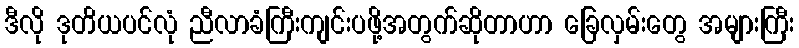
ဒီလို ဒုတိယပင်လုံ ညီလာခံကြီးကျင်းပဖို့အတွက်ဆိုတာဟာ ခြေလှမ်းတွေ အများကြီး